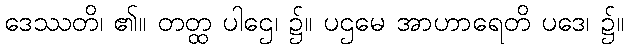
ဒေဿတိ၊ ၏။ တတ္ထ ပါဌေ၊ ၌။ ပဌမေ အာဟာရေတိ ပဒေ၊ ၌။